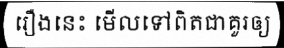
រឿងនេះ មើលទៅពិតជាគួរឲ្យ